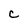
Character: C